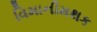
વિમાનીમથક